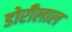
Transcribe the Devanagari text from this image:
डोरीलाल